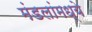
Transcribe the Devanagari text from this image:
मंडलांमध्ये